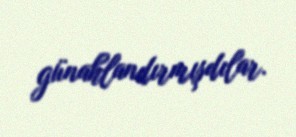
günahlandırmışdılar.